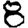
Digit: 8